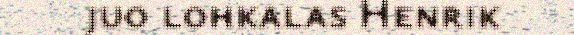
juo lohkalas Henrik